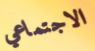
الاجتماعي